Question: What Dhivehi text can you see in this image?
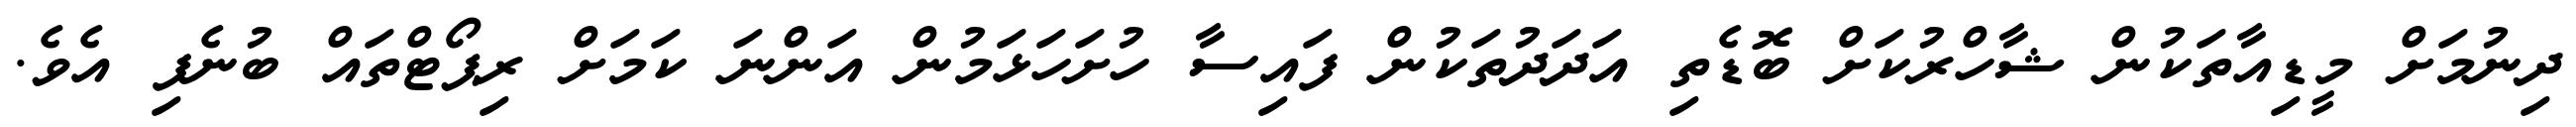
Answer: ދިނުމަށް މީޑިއާތަކުން ޝާހްރުކަށް ބޮޑެތި އަދަދުތަކުން ފައިސާ ހުށަހަޅަމުން އަންނަ ކަމަށް ރިޕޯޓްތައް ބުނެފި އެވެ.